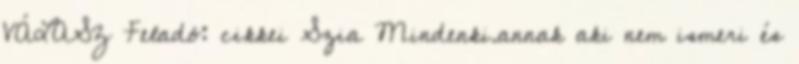
VÁLASZ Feladó: cikkei Szia Mindenki.annak aki nem ismeri és